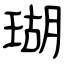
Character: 瑚